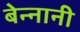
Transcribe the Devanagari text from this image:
बेन्नानी